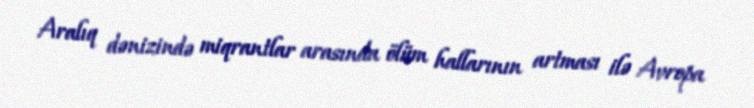
Aralıq dənizində miqrantlar arasında ölüm hallarının artması ilə Avropa